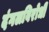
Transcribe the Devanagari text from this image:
दंगलविरोधी